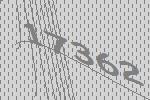
17362